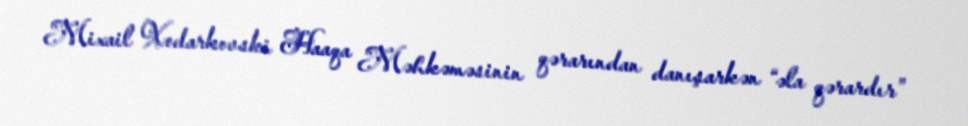
Mixail Xodarkovski Haaqa Məhkəməsinin qərarından danışarkən “əla qərardır”